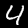
Label: 4